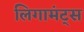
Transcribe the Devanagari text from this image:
लिगामंट्स